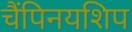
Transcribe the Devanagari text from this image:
चैंपिनयशिप